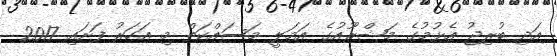
އަދި ބުރިޖު އެޅުމުގެ މަޝްރޫއުގެ އަމަލީ މަސައްކަތް މި އަހަރު ފަށައި 2017